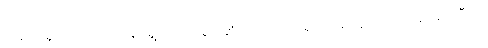
ကလေးရွဲ လျက် ကြက်မြီးရွှေကတော့စွပ် ဆံတိုကလေးဖရိုဖရဲဖြစ်နေရှာသော ခင်ခင်ကြီးကို